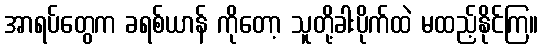
အာရပ်တွေက ခရစ်ယာန် ကိုတော့ သူတို့ခါးပိုက်ထဲ မထည့်နိုင်ကြ။